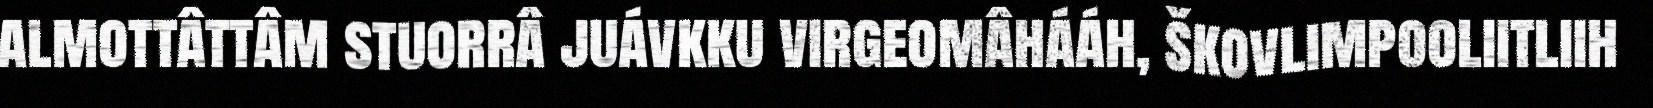
almottâttâm stuorrâ juávkku virgeomâhááh, škovlimpooliitliih